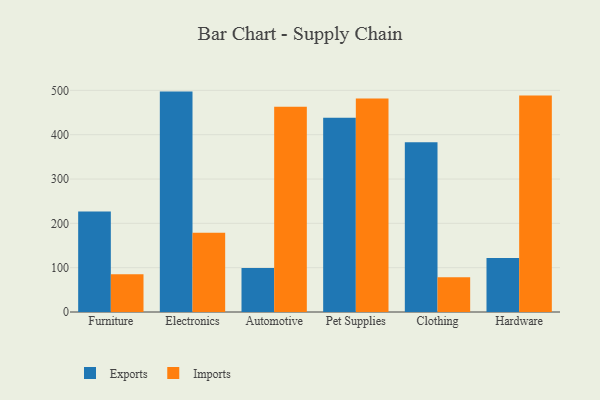
{"axis": {"x": "Category", "y": "Net Income (USD K)"}, "legend": ["Exports", "Imports"], "data": [{"x": "Furniture", "y": 226.8, "type": "Exports"}, {"x": "Furniture", "y": 85.1, "type": "Imports"}, {"x": "Electronics", "y": 497.2, "type": "Exports"}, {"x": "Electronics", "y": 178.5, "type": "Imports"}, {"x": "Automotive", "y": 99.5, "type": "Exports"}, {"x": "Automotive", "y": 463.2, "type": "Imports"}, {"x": "Pet Supplies", "y": 438.1, "type": "Exports"}, {"x": "Pet Supplies", "y": 481.7, "type": "Imports"}, {"x": "Clothing", "y": 383.2, "type": "Exports"}, {"x": "Clothing", "y": 78.2, "type": "Imports"}, {"x": "Hardware", "y": 122.0, "type": "Exports"}, {"x": "Hardware", "y": 488.3, "type": "Imports"}]}